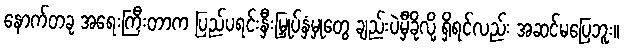
နောက်တခု အရေးကြီးတာက ပြည်ပရင်းနှီးမြှုပ်နှံမှုတွေ ချည်းပဲမှီခိုလို့ ရှိရင်လည်း အဆင်မပြေဘူး။